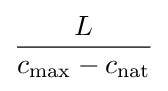
{\frac {L}{c_{\text{max}}-c_{\text{nat}}}}